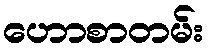
ဟောစာတမ်း